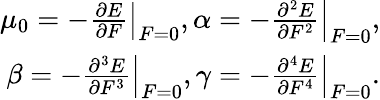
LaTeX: \begin{array}{r}{\mu_{0}=-\left.\frac{\partial E}{\partial F}\right|_{F=0},\alpha=-\left.\frac{\partial^{2}E}{\partial F^{2}}\right|_{F=0},}\\ {\beta=-\left.\frac{\partial^{3}E}{\partial F^{3}}\right|_{F=0},\gamma=-\left.\frac{\partial^{4}E}{\partial F^{4}}\right|_{F=0}.}\end{array}